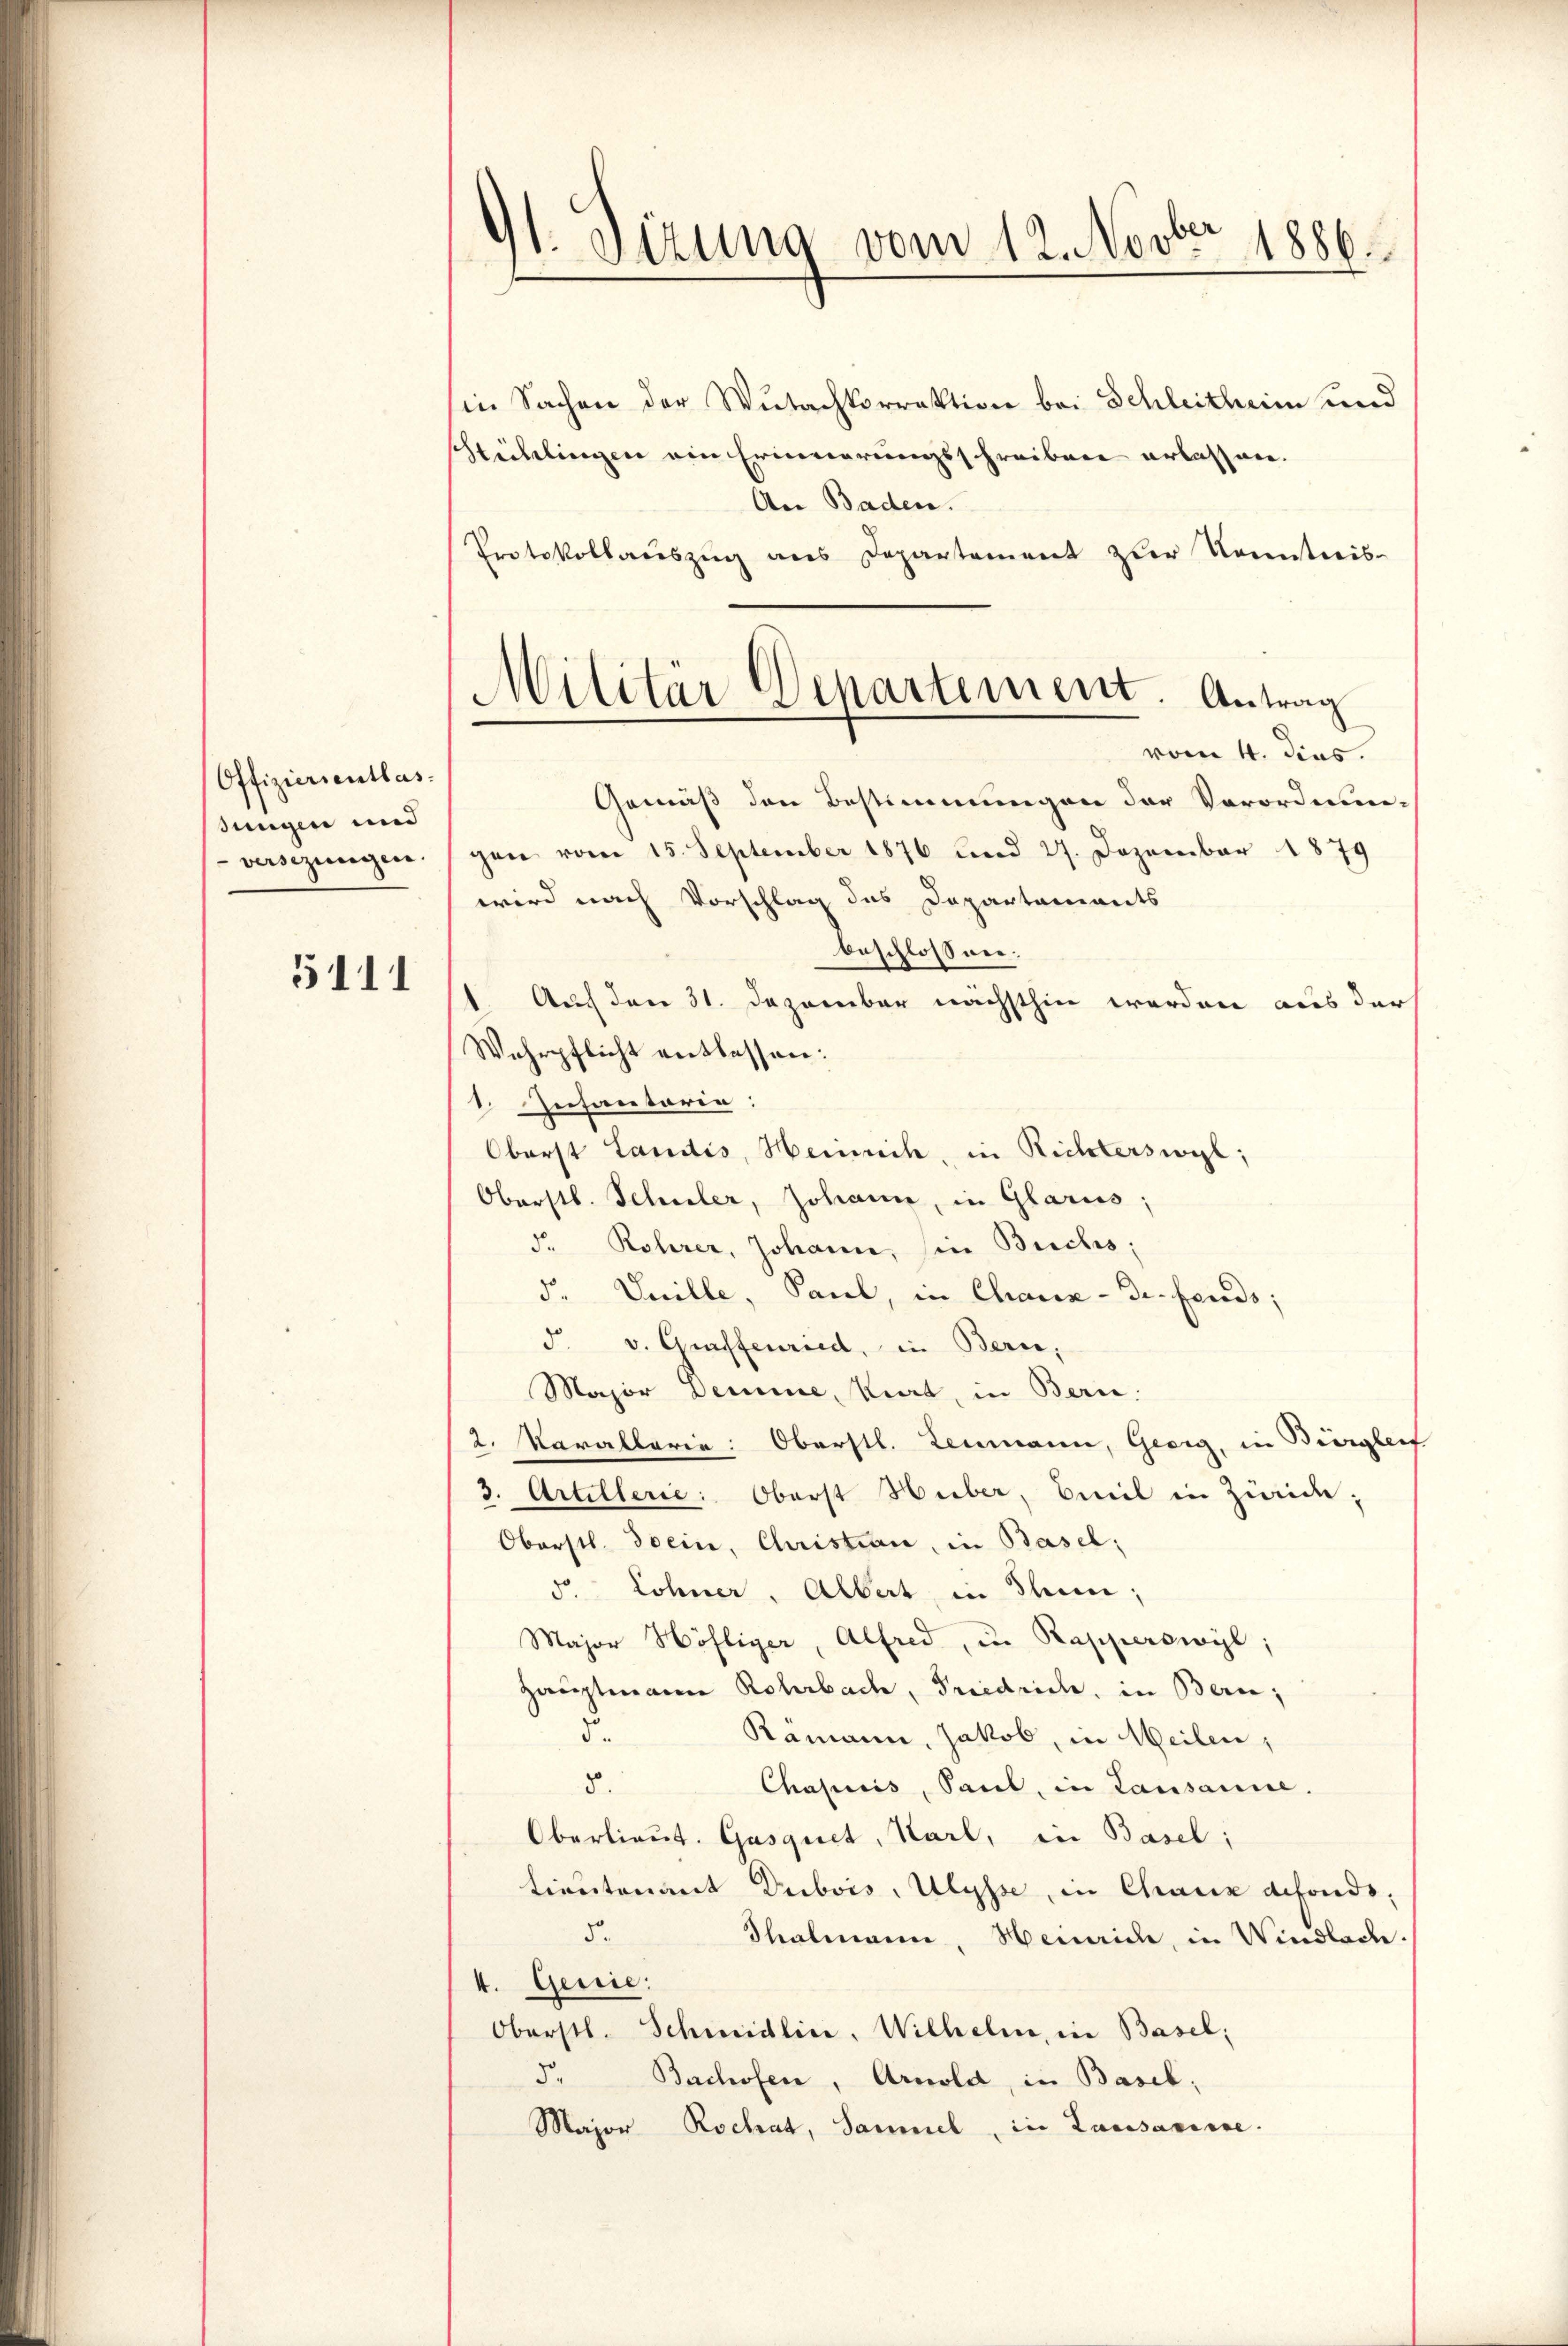
Offiziersentlas-
dungen und
-versezungen

5111

91. Sizung vom 12. Novber 1886.

Militär Departement. Antrag
vom 4. dies.

in Sachen der Wutachkorrektion bei Schleitheim und
Hicklingen ein Erinnerungsschreiben erlassen.
An Baden.
Protokollauszug aus Departement zur Kenntnis-
Gemäß den Bestimmungen der Verordnun-
gen vom 15. September 1876 und 27. Dezember 1879
wird nach Vorschlag das Departaments
beschlossen:
1. Auf den 31. Dezember nächsthin werden aus der
Wehrpflicht entlassen:
1. Infanterie:
Oberst Landis, Heinrich, in Richterswyl,
Oberstl. Schuler, Johann, in Glarus;
d. Rohrer, Johann, in Buchs.
d. Unille, Paul, in Chaux- Dr. Fends;
F. v. Griffenried, in Bern
Major Demme, siat, in Bern.
2. Karallerie: Oberstl. Leumann, Gesig, in Bürgleif
3. Artillerie: Oberst Huber, weil in Zünide-
Oberstl. Sein, Christian, in Basel;
d Lohner, Albert in Thun,
Major Höfliger, Alfred, in Rapperswyl,
Hauptmann Rohrbach, Friedrich, in Bern;
d
Ramann, Jakob, in Meilen,
5.
Chapnis, Saul, in Lausanne.
Oberlieut. Gasquet, Karl, in Basel;
tientenant Dubois, Ulysse, in Chaux defonds,
5.
Shalmann, Henaide, in Windlade.
4. Genie:
Oberstl. Schmidlin, Wilhelm, in Basel;
5
Bachofen, Arnold, in Basel,
Major Rochat, Sammel, in Lausarisse.